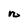
Character: n